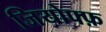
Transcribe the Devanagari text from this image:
जियोफ्फ़